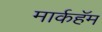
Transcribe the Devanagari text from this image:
मार्कहॅम